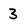
Character: 3